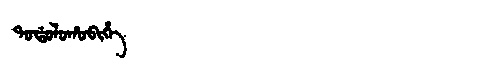
Manchu: ᡨᠣᡩᠣᠯᠣᡥᠣᠪᡳᡥᡝ
Romanization: TODOLOHOBIHE